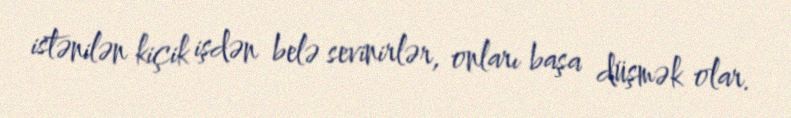
istənilən kiçik işdən belə sevinirlər, onları başa düşmək olar.